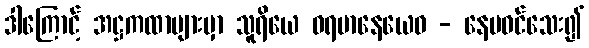
ဒါကြောင့် အဋ္ဌကထာများမှာ သူရိယေ ဓရမာနေယေဝ - နေမဝင်သေး၍